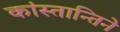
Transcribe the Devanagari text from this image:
कांस्तान्तिने